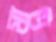
মাউ